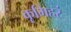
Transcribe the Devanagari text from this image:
कृमिहरं